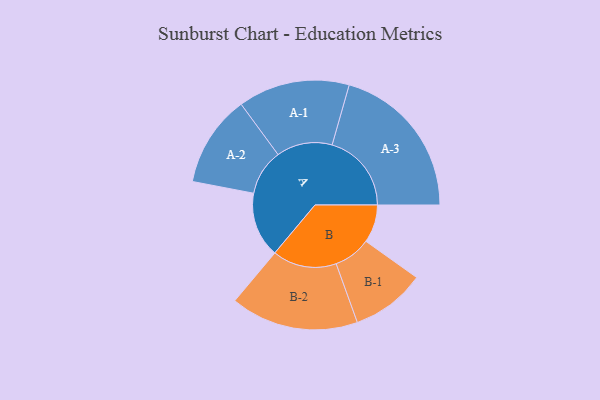
{"axis": {"x": "Segment", "y": "Value"}, "legend": ["", "A", "B"], "data": [{"x": "A", "y": 230, "type": ""}, {"x": "B", "y": 134, "type": ""}, {"x": "A-1", "y": 197, "type": "A"}, {"x": "A-2", "y": 162, "type": "A"}, {"x": "A-3", "y": 280, "type": "A"}, {"x": "B-1", "y": 131, "type": "B"}, {"x": "B-2", "y": 226, "type": "B"}]}